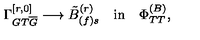
\Gamma _ { G T \overline { { G } } } ^ { [ r , 0 ] } \longrightarrow { \tilde { B } } _ { ( f ) s } ^ { ( r ) } \quad \mathrm { { i n } } \quad \Phi _ { T T } ^ { ( B ) } ,